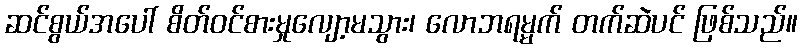
ဆင်စွယ်အပေါ် စိတ်ဝင်စားမှုလျော့မသွား၊ လောဘရမ္မက် တက်ဆဲပင် ဖြစ်သည်။